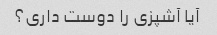
آیا آشپزی را دوست داری؟